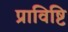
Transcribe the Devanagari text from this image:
प्राविष्टि